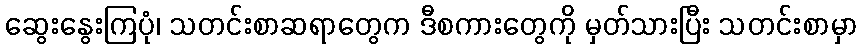
ဆွေးနွေးကြပုံ၊ သတင်းစာဆရာတွေက ဒီစကားတွေကို မှတ်သားပြီး သတင်းစာမှာ